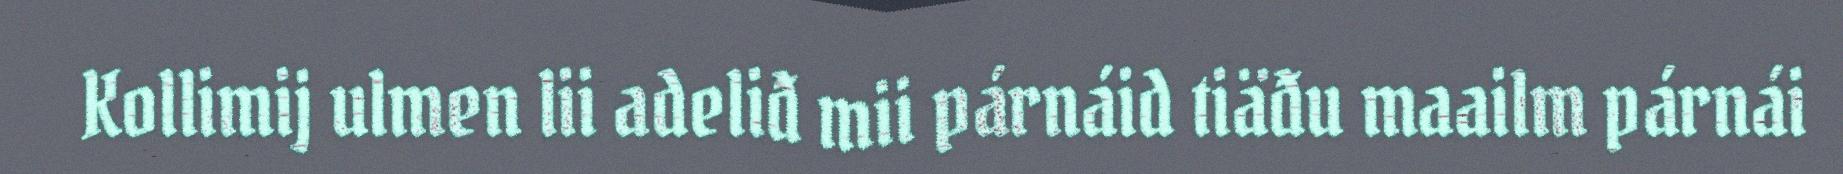
Kollimij ulmen lii adeliđ mii párnáid tiäđu maailm párnái